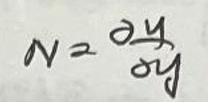
$N = \frac{\partial y}{\partial y}$